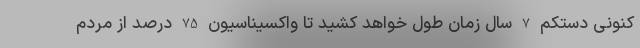
کنونی دستکم 7 سال زمان طول خواهد کشید تا واکسیناسیون 75 درصد از مردم